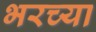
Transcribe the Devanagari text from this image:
भरच्या